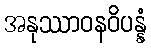
အနုဿာဝနဝိပန္နံ